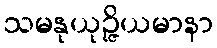
သမနုယုဉ္ဇိယမာနာ